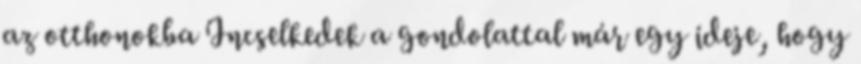
az otthonokba Incselkedek a gondolattal már egy ideje, hogy